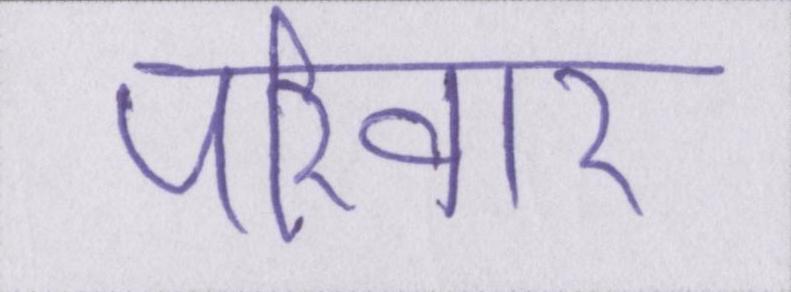
परिवार